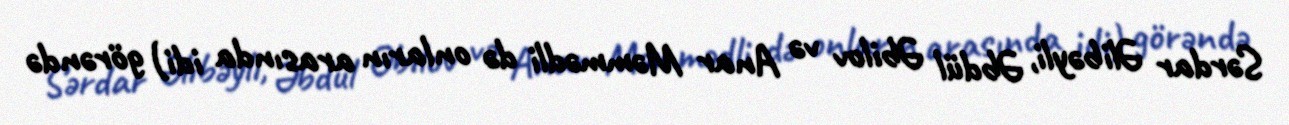
Sərdar Əlibəyli, Əbdül Əbilov və Anar Məmmədli də onların arasında idi) görəndə